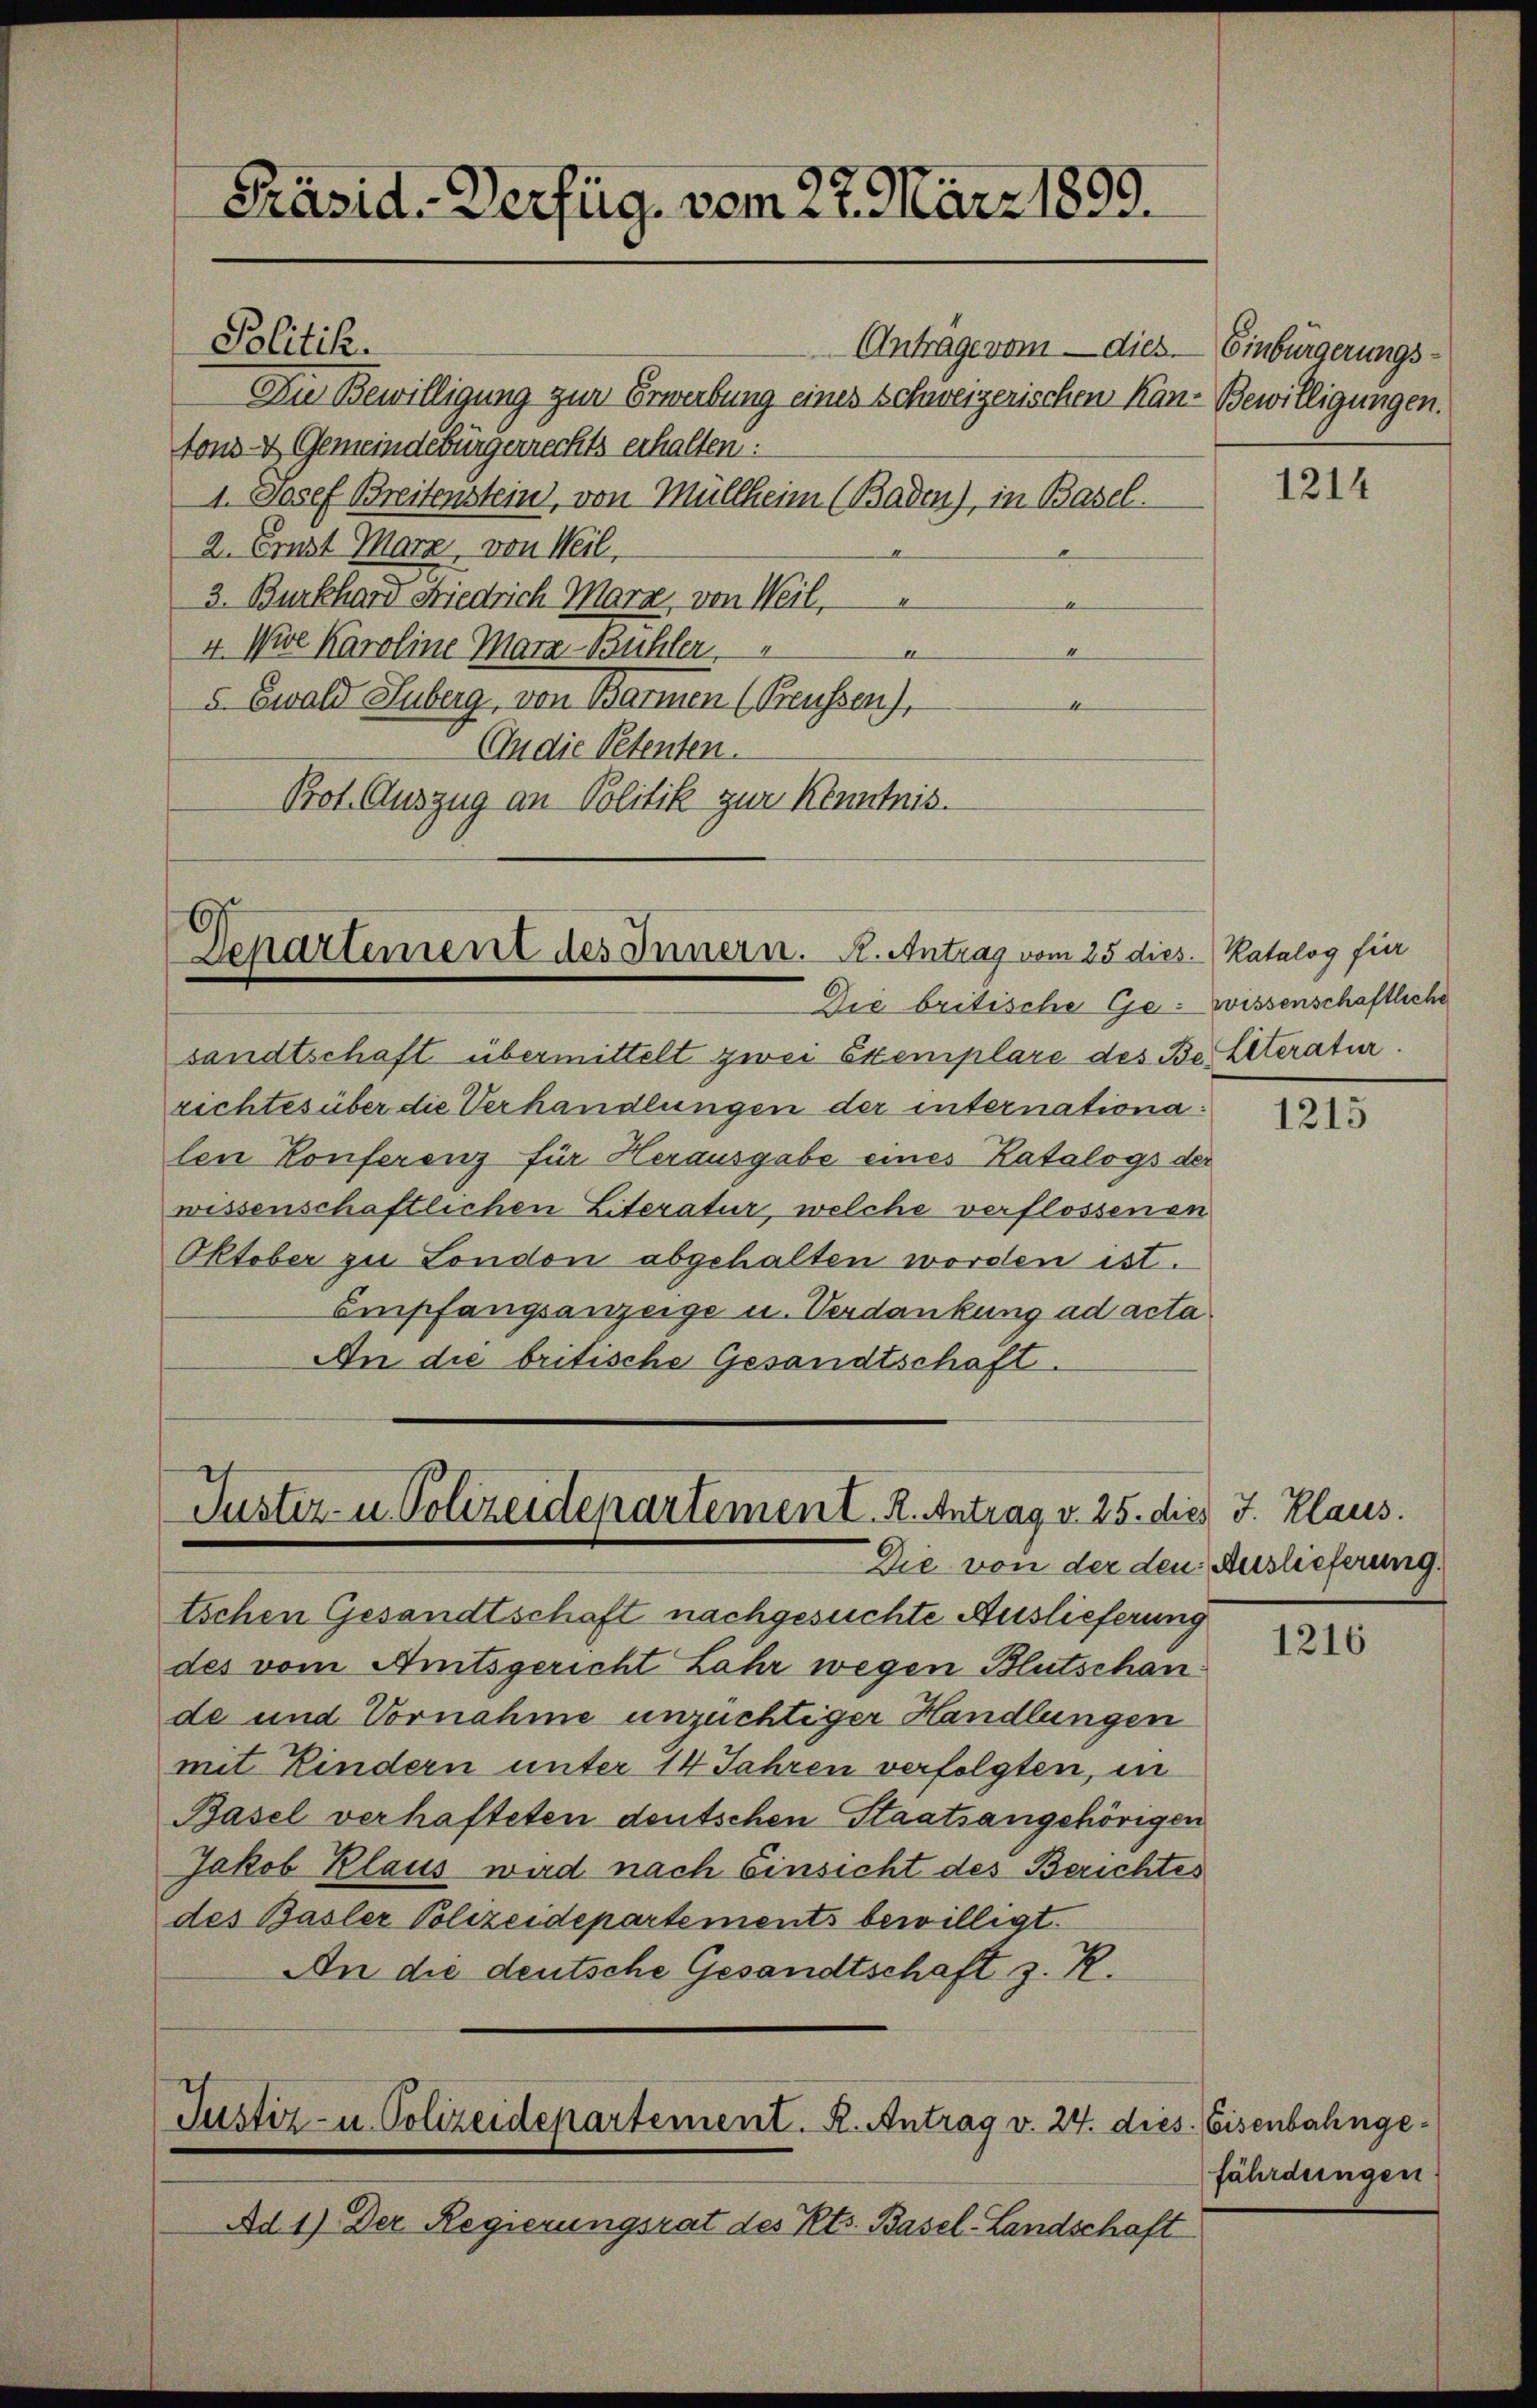
Präsid.-Verfüg, vom 27. März 1899.

Die Bewilligung zur Erwerbung eines Schweizerischen Kan-Bewilligungen.
tons- & Gemeindebürgerrechts erhalten:
1. Josef Breitenstein, von Müllheim (Baden), in Basel.
2. Ernst Marz, von Weil,
3. Burkhard Friedrich Marz, von Weil,
4. Die Karoline Mara Bühler
d
5. Ewald Huberg, von Barmen (Preussen),
4
An die Petenten.
Prot. Auszug an Politik zur Kenntnis.

Politik.

Separtement des Innern. A. Antrag vom 25 dies. Katalog für

sandtschaft übermittelt zwei Exemplare des Betteratur.
richtes über die Verhandlungen der internationalen Konferenz für Herausgabe eines Katalogs der
wissenschaftlichen Literatur, welche verflossenen
Oktober zu London abgehalten worden ist.
Empfangsanzeige u. Verdankung ad acta
An die britische Gesandtschaft.

Tuster- u. Polizeidepartement. R. Antrag v. 25. dies J. Klaus.
Die von der den Auslieferung.

Justiz- u. Polizeidepartement. R. Antrag v. 24. dies. Eisenbahnge¬

Anträge vom — dies. — Einbürgerungs¬

Die britische Ge- Wissenschaftliche

tschen Gesandtschaft nachgesuchte Auslieferung
des vom Amtsgericht Lahr wegen Blutschande und Vornahme unzüchtiger Handlungen
mit Kindern unter 14 Jahren verfolgten, in
Basel verhafteten deutschen Staatsangehörigen
Jakob Klaus wird nach Einsicht des Berichtes
des Basler Polizeidepartements bewilligt.
An die deutsche Gesandtschaft z. R.

Ad 1) Der Regierungsrat des Kts. Basel-Landschaft

1214

1215

1216

fährdungen